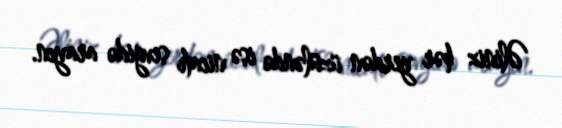
Əliniz hər yerdən üzüləndə isə nicatı sevgidə arayın.